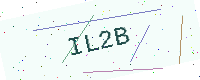
Text: IL2B